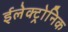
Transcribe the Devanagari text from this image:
ईलेक्ट्रोनिक